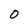
Character: O